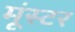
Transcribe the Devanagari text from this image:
मूंस्टर